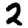
Digit: 2